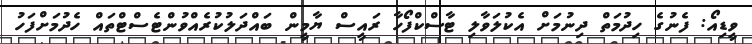
ވީޑިއޯ: ފެނުގެ ހިދުމަތް ދިނުމަށް އެކުލަވާލި ޓާސްކްފޯހާ ރައީސް ޔާމީން ބައްދަލުކުރެއްވުންޓެސްޓްތައް ހެދުމަށްފަހު